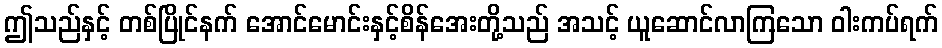
ဤသည်နှင့် တစ်ပြိုင်နက် အောင်မောင်းနှင့်စိန်အေးတို့သည် အသင့် ယူဆောင်လာကြသော ဝါးကပ်ရက်